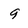
Character: 9